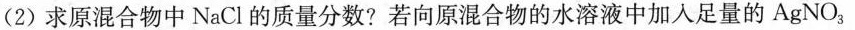
(2)求原混合物中NaCl的质量分数?若向原混合物的水溶液中加入足量的AgNO_{3}